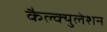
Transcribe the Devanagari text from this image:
कैल्क्युलेशन